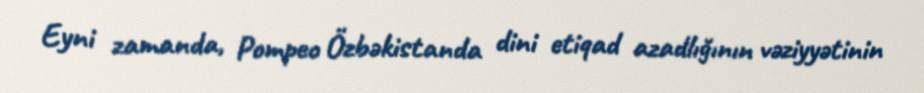
Eyni zamanda, Pompeo Özbəkistanda dini etiqad azadlığının vəziyyətinin